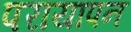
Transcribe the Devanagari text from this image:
परायापन